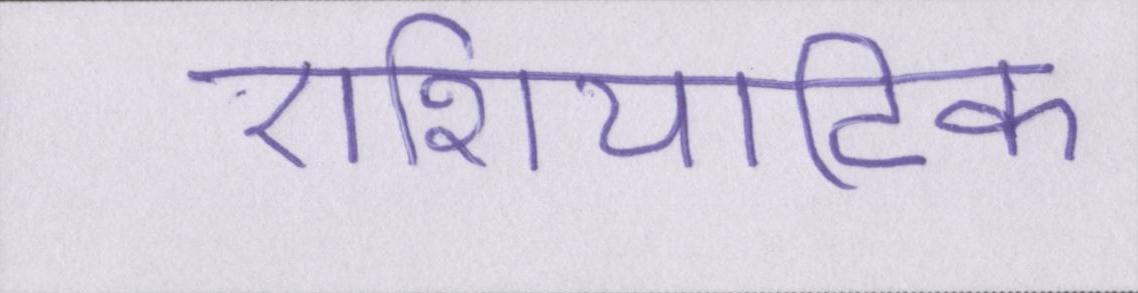
एशियाटिक